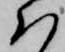
ハ